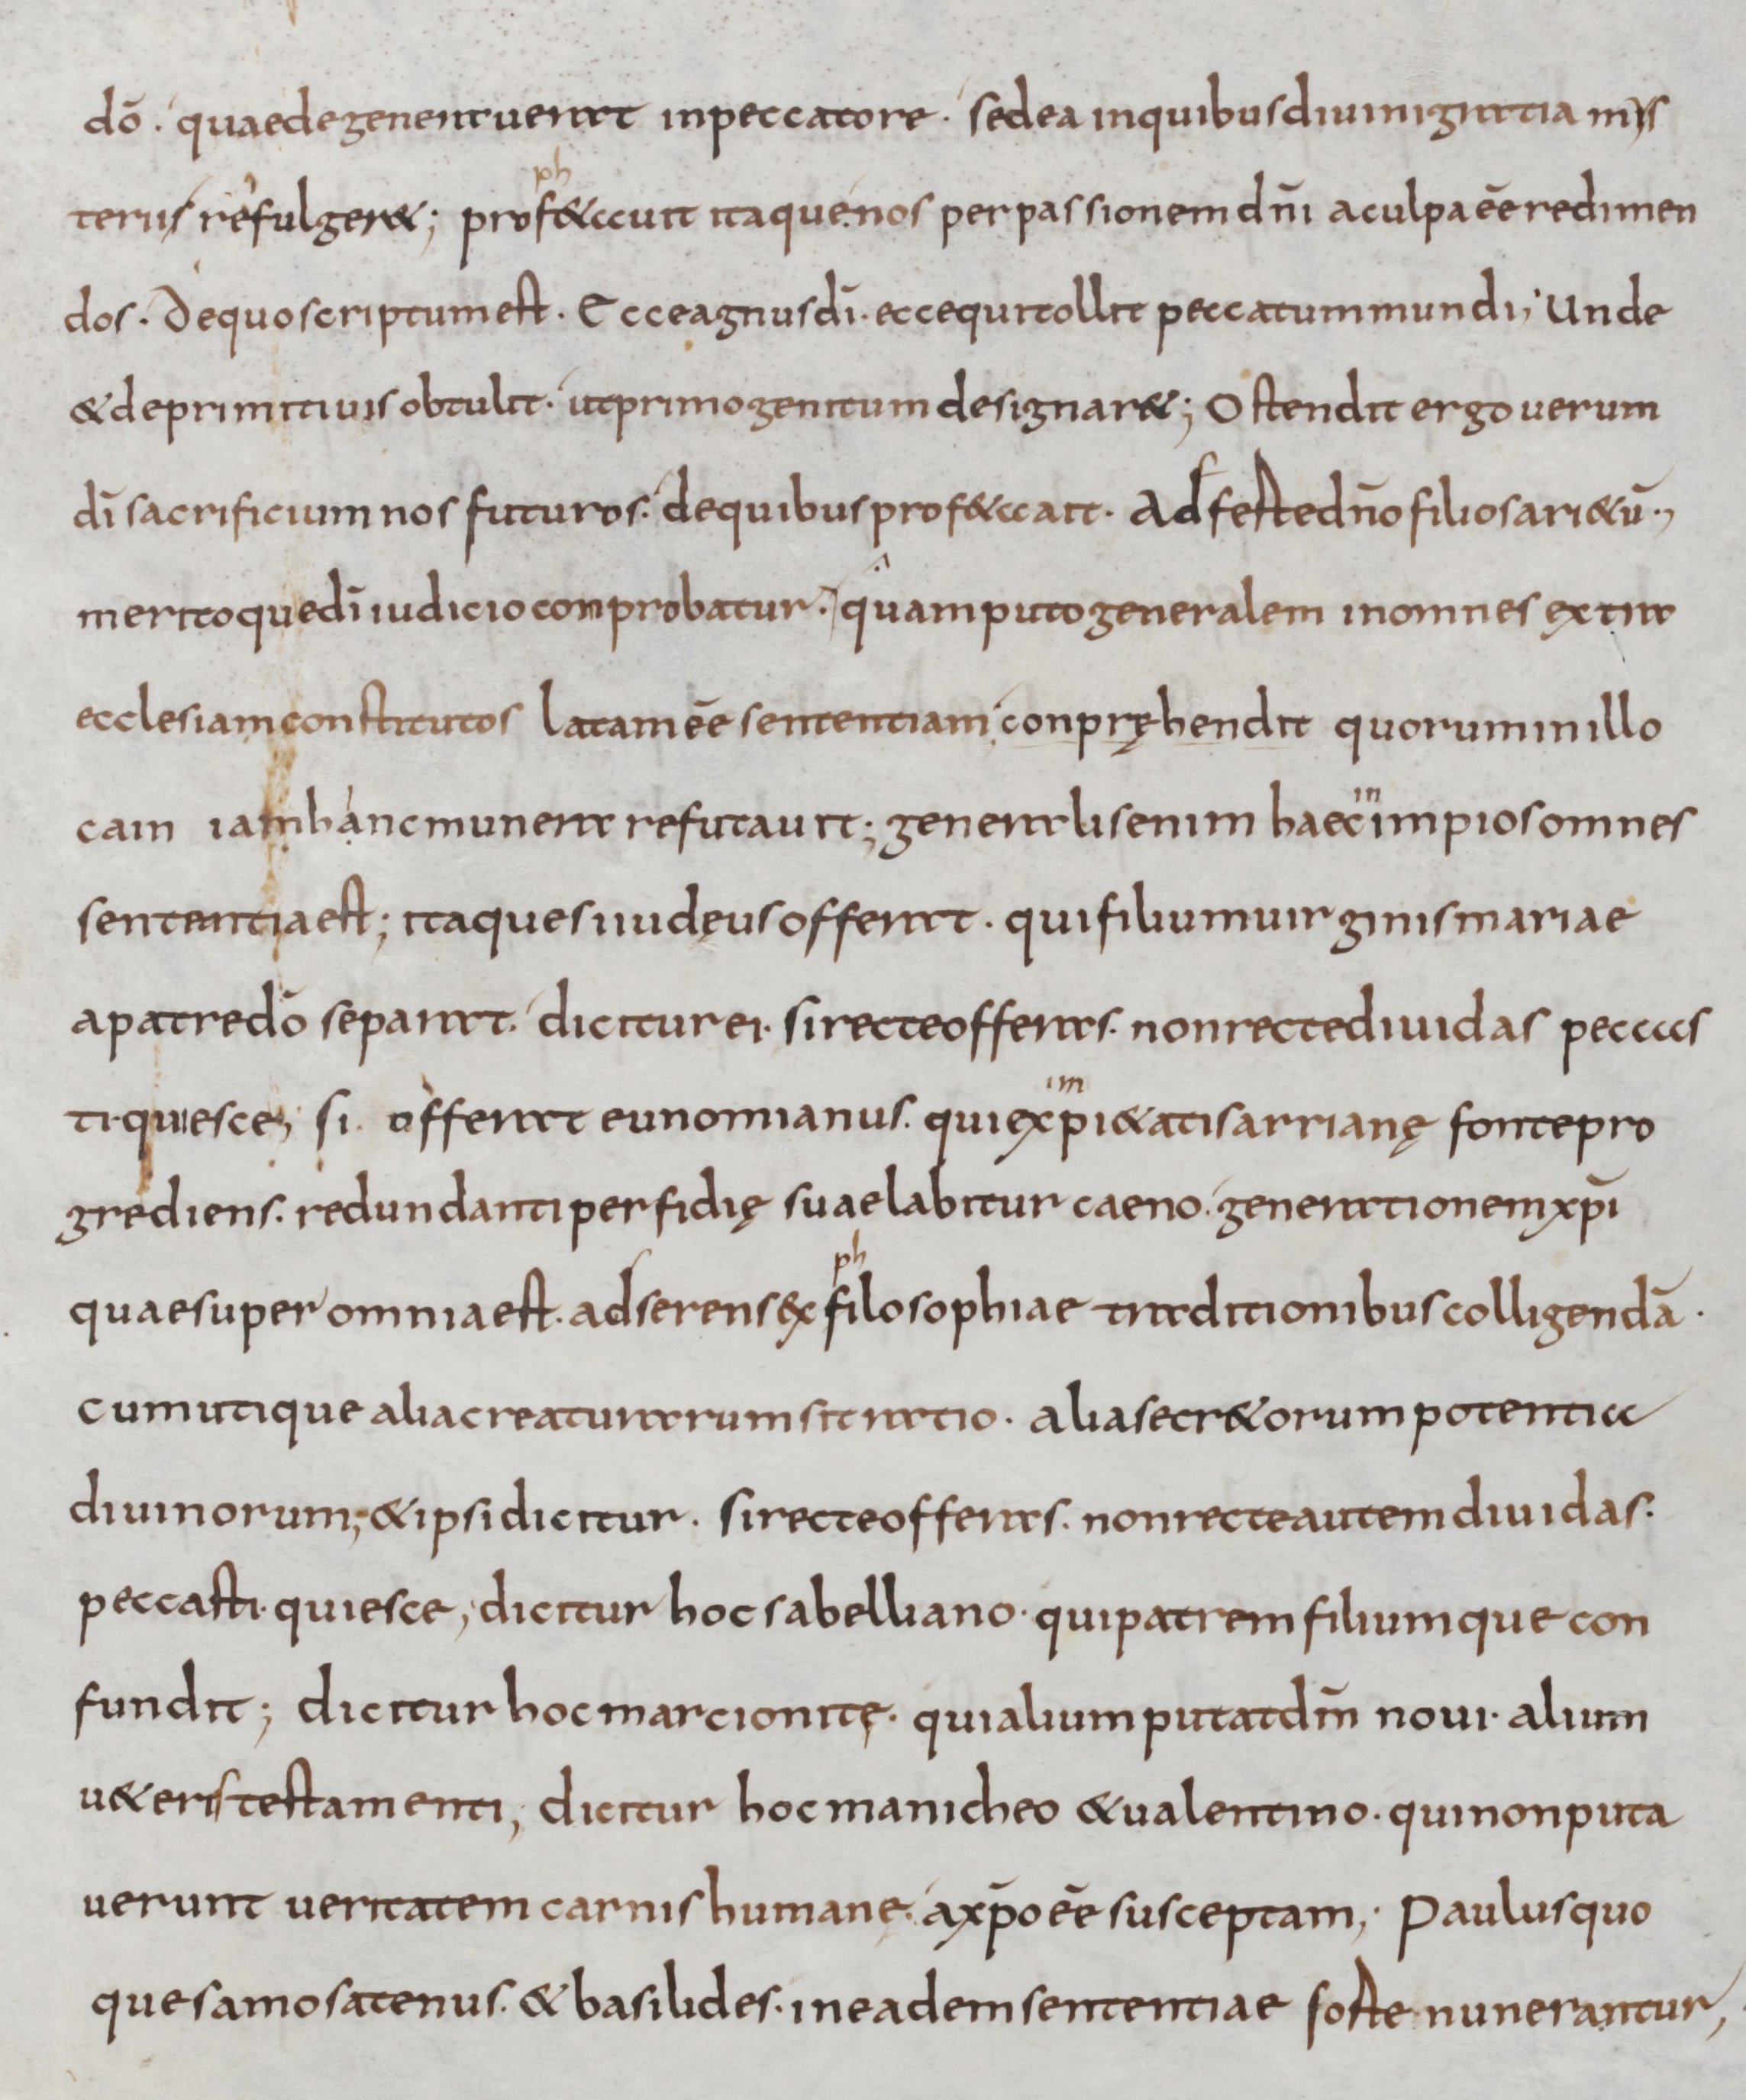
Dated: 800–899